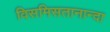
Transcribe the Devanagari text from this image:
विसमिसतानान्दा